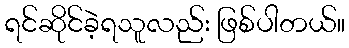
ရင်ဆိုင်ခဲ့ရသူလည်း ဖြစ်ပါတယ်။